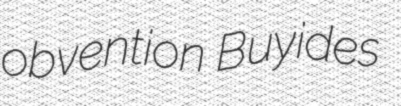
obvention Buyides